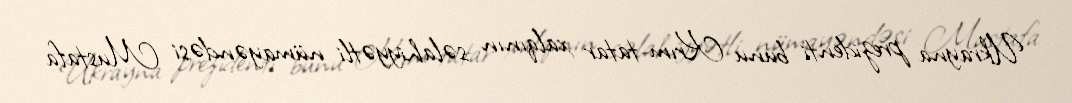
Ukrayna prezidenti bunu Krım-tatar xalqının səlahiyyətli nümayəndəsi Mustafa